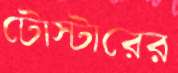
টোস্টারের